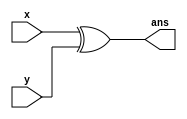
module XOR_1210733#(parameter n=4)(x,y,ans);
input signed [n-1:0] x,y ; // input size is n
output reg signed[n-1:0] ans ; // output size is n
always@(x,y)
begin
ans = x^y ;
end
endmodule